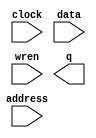
// megafunction wizard: %RAM: 1-PORT%VBB%
// GENERATION: STANDARD
// VERSION: WM1.0
// MODULE: altsyncram 

// ============================================================
// Megafunction Name(s):
// 			altsyncram
//
// Simulation Library Files(s):
// 			altera_mf
// ============================================================
// ************************************************************
// THIS IS A WIZARD-GENERATED FILE. DO NOT EDIT THIS FILE!
//
// 13.0.1 Build 232 06/12/2013 SP 1 SJ Web Edition
// ************************************************************

//Copyright (C) 1991-2013 Altera Corporation
//Your use of Altera Corporation's design tools, logic functions 
//and other software and tools, and its AMPP partner logic 
//functions, and any output files from any of the foregoing 
//(including device programming or simulation files), and any 
//associated documentation or information are expressly subject 
//to the terms and conditions of the Altera Program License 
//Subscription Agreement, Altera MegaCore Function License 
//Agreement, or other applicable license agreement, including, 
//without limitation, that your use is for the sole purpose of 
//programming logic devices manufactured by Altera and sold by 
//Altera or its authorized distributors.  Please refer to the 
//applicable agreement for further details.

module pitch (
	address,
	clock,
	data,
	wren,
	q);

	input	[4:0]  address;
	input	  clock;
	input	[31:0]  data;
	input	  wren;
	output	[31:0]  q;
`ifndef ALTERA_RESERVED_QIS
// synopsys translate_off
`endif
	tri1	  clock;
`ifndef ALTERA_RESERVED_QIS
// synopsys translate_on
`endif

endmodule

// ============================================================
// CNX file retrieval info
// ============================================================
// Retrieval info: PRIVATE: ADDRESSSTALL_A NUMERIC "0"
// Retrieval info: PRIVATE: AclrAddr NUMERIC "0"
// Retrieval info: PRIVATE: AclrByte NUMERIC "0"
// Retrieval info: PRIVATE: AclrData NUMERIC "0"
// Retrieval info: PRIVATE: AclrOutput NUMERIC "0"
// Retrieval info: PRIVATE: BYTE_ENABLE NUMERIC "0"
// Retrieval info: PRIVATE: BYTE_SIZE NUMERIC "8"
// Retrieval info: PRIVATE: BlankMemory NUMERIC "0"
// Retrieval info: PRIVATE: CLOCK_ENABLE_INPUT_A NUMERIC "0"
// Retrieval info: PRIVATE: CLOCK_ENABLE_OUTPUT_A NUMERIC "0"
// Retrieval info: PRIVATE: Clken NUMERIC "0"
// Retrieval info: PRIVATE: DataBusSeparated NUMERIC "1"
// Retrieval info: PRIVATE: IMPLEMENT_IN_LES NUMERIC "0"
// Retrieval info: PRIVATE: INIT_FILE_LAYOUT STRING "PORT_A"
// Retrieval info: PRIVATE: INIT_TO_SIM_X NUMERIC "0"
// Retrieval info: PRIVATE: INTENDED_DEVICE_FAMILY STRING "Cyclone IV GX"
// Retrieval info: PRIVATE: JTAG_ENABLED NUMERIC "0"
// Retrieval info: PRIVATE: JTAG_ID STRING "NONE"
// Retrieval info: PRIVATE: MAXIMUM_DEPTH NUMERIC "0"
// Retrieval info: PRIVATE: MIFfilename STRING "../../[????3] ???/sound1.mif"
// Retrieval info: PRIVATE: NUMWORDS_A NUMERIC "32"
// Retrieval info: PRIVATE: RAM_BLOCK_TYPE NUMERIC "0"
// Retrieval info: PRIVATE: READ_DURING_WRITE_MODE_PORT_A NUMERIC "3"
// Retrieval info: PRIVATE: RegAddr NUMERIC "1"
// Retrieval info: PRIVATE: RegData NUMERIC "1"
// Retrieval info: PRIVATE: RegOutput NUMERIC "1"
// Retrieval info: PRIVATE: SYNTH_WRAPPER_GEN_POSTFIX STRING "0"
// Retrieval info: PRIVATE: SingleClock NUMERIC "1"
// Retrieval info: PRIVATE: UseDQRAM NUMERIC "1"
// Retrieval info: PRIVATE: WRCONTROL_ACLR_A NUMERIC "0"
// Retrieval info: PRIVATE: WidthAddr NUMERIC "5"
// Retrieval info: PRIVATE: WidthData NUMERIC "32"
// Retrieval info: PRIVATE: rden NUMERIC "0"
// Retrieval info: LIBRARY: altera_mf altera_mf.altera_mf_components.all
// Retrieval info: CONSTANT: CLOCK_ENABLE_INPUT_A STRING "BYPASS"
// Retrieval info: CONSTANT: CLOCK_ENABLE_OUTPUT_A STRING "BYPASS"
// Retrieval info: CONSTANT: INIT_FILE STRING "../../[????3] ???/sound1.mif"
// Retrieval info: CONSTANT: INTENDED_DEVICE_FAMILY STRING "Cyclone IV GX"
// Retrieval info: CONSTANT: LPM_HINT STRING "ENABLE_RUNTIME_MOD=NO"
// Retrieval info: CONSTANT: LPM_TYPE STRING "altsyncram"
// Retrieval info: CONSTANT: NUMWORDS_A NUMERIC "32"
// Retrieval info: CONSTANT: OPERATION_MODE STRING "SINGLE_PORT"
// Retrieval info: CONSTANT: OUTDATA_ACLR_A STRING "NONE"
// Retrieval info: CONSTANT: OUTDATA_REG_A STRING "CLOCK0"
// Retrieval info: CONSTANT: POWER_UP_UNINITIALIZED STRING "FALSE"
// Retrieval info: CONSTANT: READ_DURING_WRITE_MODE_PORT_A STRING "NEW_DATA_NO_NBE_READ"
// Retrieval info: CONSTANT: WIDTHAD_A NUMERIC "5"
// Retrieval info: CONSTANT: WIDTH_A NUMERIC "32"
// Retrieval info: CONSTANT: WIDTH_BYTEENA_A NUMERIC "1"
// Retrieval info: USED_PORT: address 0 0 5 0 INPUT NODEFVAL "address[4..0]"
// Retrieval info: USED_PORT: clock 0 0 0 0 INPUT VCC "clock"
// Retrieval info: USED_PORT: data 0 0 32 0 INPUT NODEFVAL "data[31..0]"
// Retrieval info: USED_PORT: q 0 0 32 0 OUTPUT NODEFVAL "q[31..0]"
// Retrieval info: USED_PORT: wren 0 0 0 0 INPUT NODEFVAL "wren"
// Retrieval info: CONNECT: @address_a 0 0 5 0 address 0 0 5 0
// Retrieval info: CONNECT: @clock0 0 0 0 0 clock 0 0 0 0
// Retrieval info: CONNECT: @data_a 0 0 32 0 data 0 0 32 0
// Retrieval info: CONNECT: @wren_a 0 0 0 0 wren 0 0 0 0
// Retrieval info: CONNECT: q 0 0 32 0 @q_a 0 0 32 0
// Retrieval info: GEN_FILE: TYPE_NORMAL pitch.v TRUE
// Retrieval info: GEN_FILE: TYPE_NORMAL pitch.inc FALSE
// Retrieval info: GEN_FILE: TYPE_NORMAL pitch.cmp FALSE
// Retrieval info: GEN_FILE: TYPE_NORMAL pitch.bsf TRUE FALSE
// Retrieval info: GEN_FILE: TYPE_NORMAL pitch_inst.v FALSE
// Retrieval info: GEN_FILE: TYPE_NORMAL pitch_bb.v TRUE
// Retrieval info: LIB_FILE: altera_mf